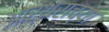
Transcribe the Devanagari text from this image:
आर्थराच्या